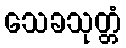
သေခသုတ္တံ